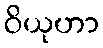
ဝိယုဟာ